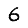
Digit: 6